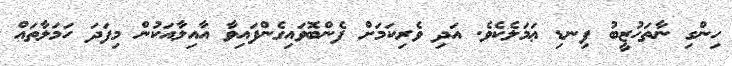
ހިންގި ނާތަހުޒީބު ފިނޑި ޢަމަލެކެވެ. އަދި ވެރިކަމަށް ފެންބޮވައިގެންފައިވާ އާއިލާއަކުން މިފަދަ ހަމަލާތައް